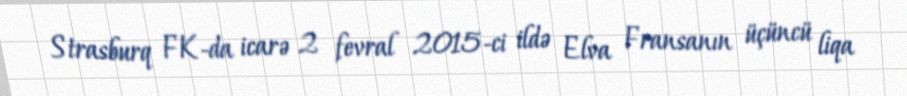
Strasburq FK-da icarə 2 fevral 2015-ci ildə Elva Fransanın üçüncü liqa